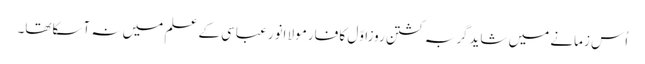
اُس زمانے میں شایدگربہ کشتن روزاوّل کا فارمولا انورعباسی کے علم میں نہ آسکاتھا۔